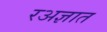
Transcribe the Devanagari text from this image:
रअज्ञात